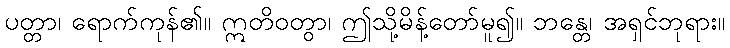
ပတ္တာ၊ ရောက်ကုန်၏။ ဣတိဝတွာ၊ ဤသို့မိန့်တော်မူ၍။ ဘန္တေ၊ အရှင်ဘုရား။